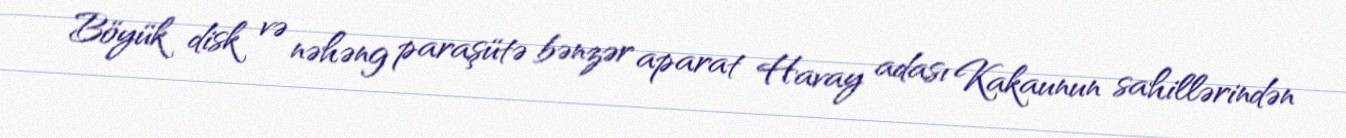
Böyük disk və nəhəng paraşütə bənzər aparat Havay adası Kakaunun sahillərindən